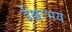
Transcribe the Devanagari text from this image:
ईश्वरभय